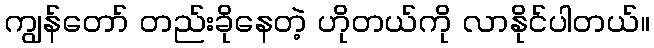
ကျွန်တော် တည်းခိုနေတဲ့ ဟိုတယ်ကို လာနိုင်ပါတယ်။